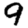
Digit: 9